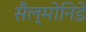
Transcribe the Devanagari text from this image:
सैल्मोनिडे